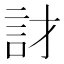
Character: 𲁡